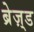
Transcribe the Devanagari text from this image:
ब्रेज़्ड